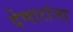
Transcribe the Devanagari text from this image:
देणारांना